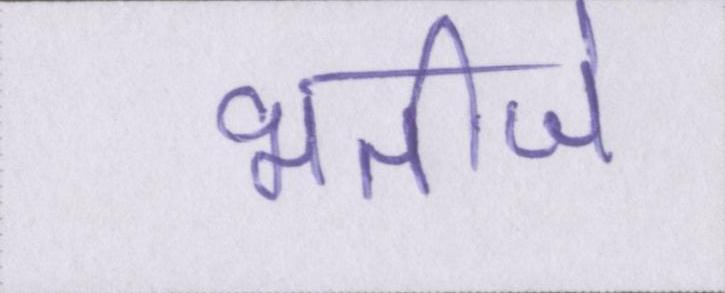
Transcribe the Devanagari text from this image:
भतीजे